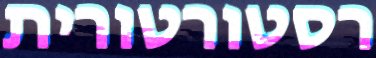
רסטורטורית